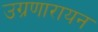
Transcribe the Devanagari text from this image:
उग्रणारायन